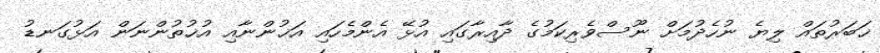
ޚަބަރުތައް ލިޔެ ނުހެދުމަށް ނޫސްވެރިކަމުގެ ދާއިރާގައި އުޅޭ އެންމެހައި އަޚުންނާއި އުޚުތުންނަން އަޅުގަނޑު